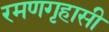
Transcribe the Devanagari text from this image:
रमणगृहासी